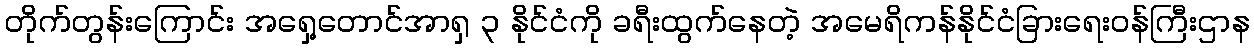
တိုက်တွန်းကြောင်း အရှေ့တောင်အာရှ ၃ နိုင်ငံကို ခရီးထွက်နေတဲ့ အမေရိကန်နိုင်ငံခြားရေးဝန်ကြီးဌာန